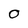
Character: O